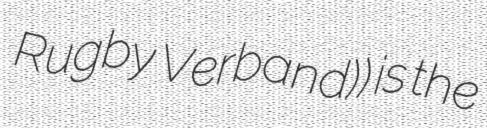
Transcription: Rugby Verband)) is the